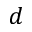
d